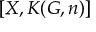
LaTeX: [ X , K ( G , n ) ]